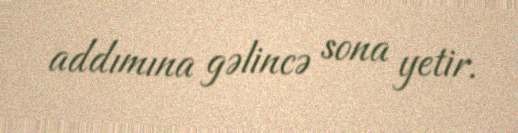
addımına gəlincə sona yetir.